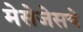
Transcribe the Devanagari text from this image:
मेसेजेसचे